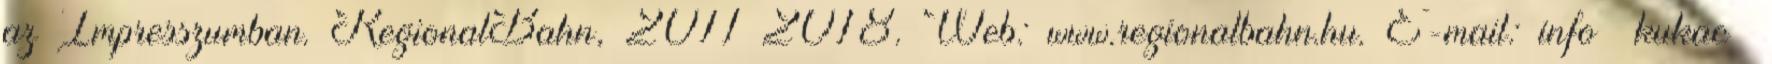
az Impresszumban. RegionalBahn, 2011–2018. Web: www.regionalbahn.hu. E-mail: info kukac